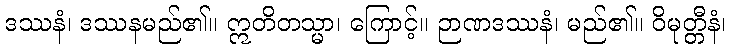
ဒဿနံ၊ ဒဿနမည်၏။ ဣတိတသ္မာ၊ ကြောင့်။ ဉာဏဒဿနံ၊ မည်၏။ ဝိမုတ္တီနံ၊